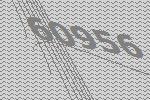
60956